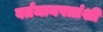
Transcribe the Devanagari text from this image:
वर्तमानपत्रांशी